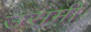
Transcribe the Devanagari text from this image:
उसमी